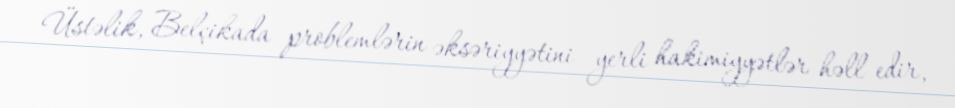
Üstəlik, Belçikada problemlərin əksəriyyətini yerli hakimiyyətlər həll edir,